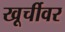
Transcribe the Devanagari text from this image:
खूर्चीवर